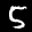
Label: 5